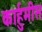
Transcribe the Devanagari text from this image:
कार्हुमीस